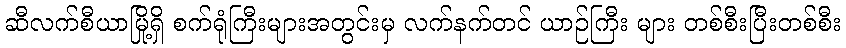
ဆီလက်စီယာမြို့ရှိ စက်ရုံကြီးများအတွင်းမှ လက်နက်တင် ယာဉ်ကြီး များ တစ်စီးပြီးတစ်စီး